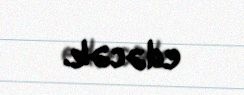
edəcək.